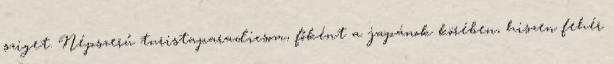
sziget. Népszerű turistaparadicsom, főként a japánok körében, hiszen fehér